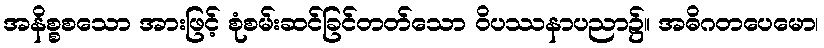
အနိစ္စစသော အားဖြင့် စုံစမ်းဆင်ခြင်တတ်သော ဝိပဿနာပညာ၌။ အဓိဂတပေမော၊